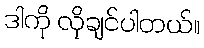
ဒါကို လိုချင်ပါတယ်။